Vaccination United Provinces of Agra and Oudh 1902-1913 - 1902-1913
Year: 1902
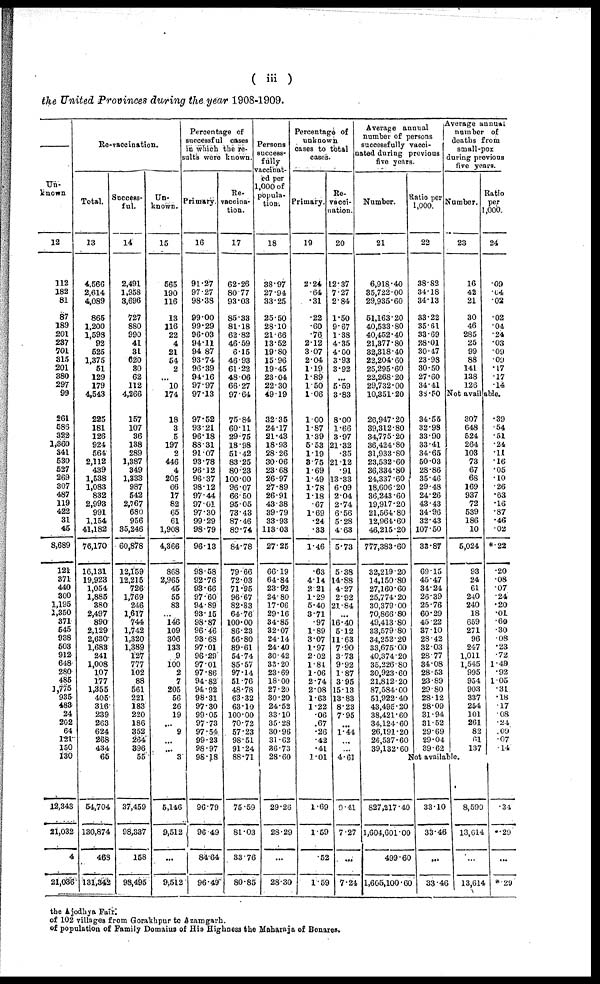
( iii )
the United Provinces during the year 1908-1909.
Un-
known
12
112
182
81
87
189
201
237
701
315
201
380
297
99
261
585
322
1,360
341
530
527
269
307
487
119
422
31
45
8,689
121
371
440
300
1,195
1,350
371
545
938
503
912
648
280
485
1,775
935
483
24
202
64
121
150
130
12,343
21,032
4
21,036
Re-vaccination.
Total.
13
4,566
2,614
4,089
865
1,200
1,598
92
525
1,375
51
129
179
4,543
225
181
126
924
564
2,112
439
1,538
1,083
832
2,993
991
1,154
41,182
76,170
16,131
19,923
1,054
1,885
380
2,497
890
2,129
2,630
1,683
241
1,008
107
177
1,355
405
316
239
263
624
268
434
65
54,704
130,874
463
131,342
Success-
ful.
14
2,491
1,958
3,696
727
880
990
41
31
620
30
62
112
4,266
157
107
36
138
289
1,387
349
1,333
987
542
2,767
680
956
35,246
60,878
12,159
12,215
726
1,769
246
1,617
744
1,742
1,320
1,389
127
777
102
88
561
221
183
220
186
352
264
396
55
37,459
98,337
158
98,495
Un-
known.
15
565
190
116
13
116
22
4
21
54
2
...
10
174
18
3
5
197
2
446
4
205
66
17
82
65
61
1,908
4,366
868
2,965
45
55
83
...
146
109
306
133
9
100
2
7
205
56
26
19
...
9
...
...
3
5,146
9,512
...
9,512
Percentage of
successful cases
in which the re¬
sults were known.
Primary.
16
91.27
97.27
98.38
99.00
99.29
96.03
94.11
94.87
93.74
96.39
94.16
97.97
97.13
97.52
93.21
96.18
88.31
91.07
93.78
96.12
96.37
98.12
97.44
97.01
97.30
99.29
98.79
96.13
98.58
92.76
93.66
97.60
94.89
93.15
98.87
96.46
93.68
97.01
96.29
97.01
97.86
94.82
94.92
98.31
97.30
99.05
97.73
97.54
99.23
98.97
98.18
96.79
96.49
84.64
96.49
Re-
vaccina-
tion.
17
62.26
80.77
93.03
85.33
81.18
62.82
46.59
6.15
46.93
61.22
48.06
66.27
97.64
75.84
60.11
29.75
18.98
51.42
83.25
80.23
100.00
96.07
66.50
95.05
73.43
87.46
89.74
84.78
79.66
72.03
71.95
96.67
82.83
64.76
100.00
86.23
56.80
89.61
54.74
85.57
97.14
51.76
48.78
63.32
63.10
100.00
70.72
57.23
98.51
91.24
88.71
75.59
81.03
33.76
80.85
Persons
success-
fully
vaccinat-
ed per
1,000 of
popula-
tion.
18
38.97
27.94
33.25
25.50
28.10
21.66
13.52
19.80
15.96
19.45
23.04
22.30
49.19
32.35
24.17
21.43
18.93
28.26
30.06
23.68
26.97
27.89
26.91
43.38
39.79
33.93
113.03
27.25
66.19
64.84
23.92
24.80
17.06
29.16
34.85
32.07
24.14
24.40
30.42
33.20
23.69
18.00
27.20
30.20
24.52
33.10
35.28
30.96
31.62
36.73
28.60
29.26
28.29
...
28.30
Percentage of
unknown
cases to total
cases.
Primary.
19
2.24
.64
.31
.22
.60
.76
2.12
3.07
2.04
1.19
1.89
1.50
1.06
1.00
1.87
1.39
5.53
1.19
3.75
1.69
1.49
1.78
1.18
.67
1.69
.24
.33
1.46
.63
4.14
2.21
1.29
5.40
3.71
.97
1.89
3.07
1.97
2.02
1.81
1.06
2.74
2.08
1.63
1.22
.06
.67
.26
.42
.41
1.01
1.69
1.59
.52
1.59
Re-
vacci¬
nation.
20
12.37
7.27
2.84
1.50
9.67
1.38
4.35
4.00
3.93
3.92
...
5.59
3.83
8.00
1.66
3.97
21.32
.35
21.12
.91
13.33
6.09
2.04
2.74
6.56
5.28
4.63
5.73
5.38
14.88
4.27
2.92
21.84
...
16.40
5.12
11.63
7.90
3.73
9.92
1.87
3.95
15.13
13.83
8.23
7.95
...
1.44
...
...
4.61
0.41
7.27
...
7.24
Average annual
number of persons
successfully vacci¬
nated during previous
five years.
Number.
21
6,918.40
35,722.00
29,935.60
51,163.20
40,533.80
40,452.40
21,377.80
32,318.40
22,204.60
25,295.60
22,268.20
29,732.00
10,351.20
26,947.20
39,312.80
34,775.20
36,424.80
31,933.80
23,532.60
36,334.80
24,337.60
18,606.20
36,243.60
19,917.20
21,564.80
12,964.60
46,215.20
777,383.60
32,219.20
14,150.80
27,160.60
25,774.20
30,379.00
70,866.80
49,413.80
33,579.80
34,252.20
33,675.00
40,374.20
35,226.80
30,923.60
21,812.20
87,584.00
51,922.40
43,495.20
38,421.60
34,124.60
26,191.20
26,537.60
39,132.60
Ratio per
1,000.
22
38.82
34.18
34.13
33.22
35.61
33.69
28.01
30.47
23.98
30.50
27.60
34.41
38.50
34.55
32.98
33.90
33.41
34.65
50.03
28.86
35.46
29.48
24.26
43.43
34.96
32.43
107.50
33.87
69.15
45.47
34.24
26.39
25.76
60.29
45.22
37.10
28.42
32.03
28.77
34.08
28.53
23.89
29.80
28.12
28.09
31.94
31.52
29.69
29.04
39.62
Average annual
number of
deaths from
small-pox
during previous
five years.
number.
23
16
42
21
30
46
285
25
99
88
141
138
126
Ratio
per
1,000.
24
.09
.04
.02
.02
.04
.24
.03
.09
.09
.17
.17
.14
Not available.
307
648
524
264
103
73
67
68
169
937
72
539
186
10
5,024
93
24
61
240
240
18
659
271
96
247
1,011
1,545
995
954
903
337
254
101
261
82
61
137
Not available.
827,217.40
1,604,601.00
499.60
1,605,100.60
33.10
33.46
...
33.46
8,590
13,614
...
13,614
.39
.54
.51
.24
.11
.16
.05
.10
.26
.63
.16
.87
.46
.02
*.22
.20
.08
.07
.24
.20
.01
.60
.30
.08
.23
.72
1.49
.92
1.05
.31
.18
.17
.08
.24
.09
.07
.14
.34
.29
...
*.29
the Ajodhya Fair.
of 102 villages from Gorakhpur to Azamgarh.
of population of Family Domains of His Highness the Maharaja of Benares.